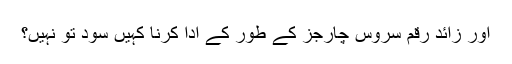
اور زائد رقم سروس چارجز کے طور کے ادا کرنا کہیں سود تو نہیں؟